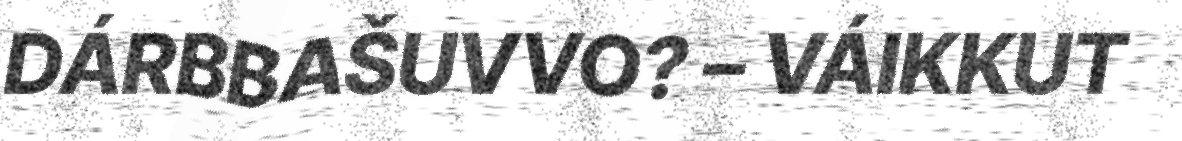
DÁRBBAŠUVVO? – VÁIKKUT